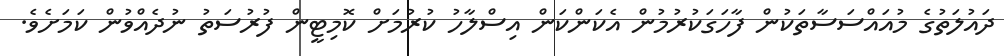
ދައުލަތުގެ މުއައްސަސާތަކުން ފާހަގަކުރުމުން އެކަންކަން އިސްލާހު ކުރުމަށް ކޮމިޓީން ފުރުސަތު ނުދެއްވުން ކަމަށެވެ.